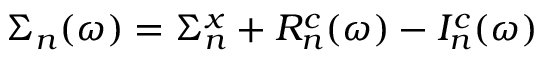
\Sigma _ { n } ( \omega ) = \Sigma _ { n } ^ { x } + R _ { n } ^ { c } ( \omega ) - I _ { n } ^ { c } ( \omega )